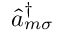
\hat { a } _ { m \sigma } ^ { \dagger }